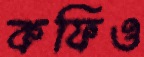
কফিও